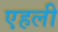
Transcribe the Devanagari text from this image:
एहली